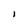
Character: I